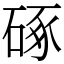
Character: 硺